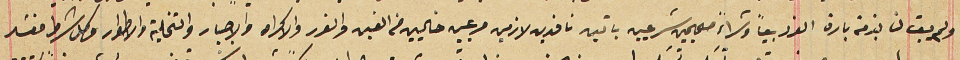
ولم يبق لنا بذمته بارة النرد بيعاً وشراءً صحيحين شرعيين باتين نافدين لازمين مرعيين خاليين من الغبن والغرر والاكراه والاجبار والتخلية والاطوار وكل شرط فسَد